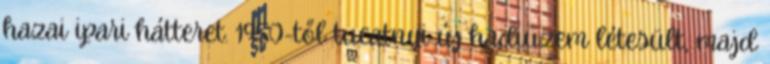
hazai ipari hátteret. 1950-től tucatnyi új hadiüzem létesült, majd